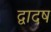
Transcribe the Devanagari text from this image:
द्वादष